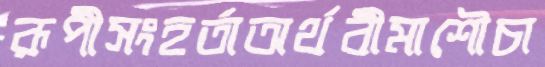
রূপীসংহর্তাঅর্থবীমাশৌচা